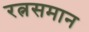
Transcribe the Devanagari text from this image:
रत्नसमान